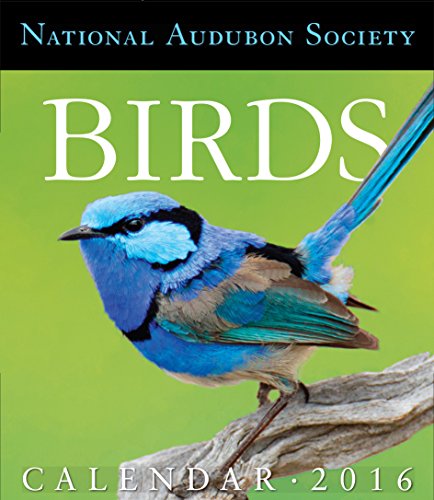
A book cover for Audubon Birds Page-A-Day Gallery Calendar 2016; National Audubon Society; Calendars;